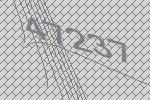
47237